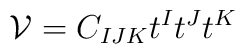
{\cal V}  = C_{IJK} t^I t^J t^K  \